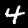
Digit: 4